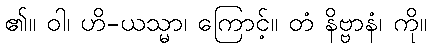
၏။ ဝါ၊ ဟိ-ယသ္မာ၊ ကြောင့်။ တံ နိဗ္ဗာနံ၊ ကို။